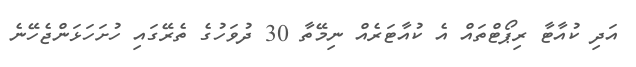
އަދި ކުއާޓާ ރިޕޯޓްތައް އެ ކުއާޓަރެއް ނިމޭތާ 30 ދުވަހުގެ ތެރޭގައި ހުށަހަޅަންޖެހޭނެ